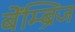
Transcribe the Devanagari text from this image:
बेंम्ब्रिज